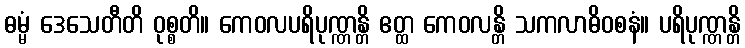
ဓမ္မံ ဒေသေတီတိ ဝုစ္စတိ။ ကေဝလပရိပုဏ္ဏန္တိ ဧတ္ထ ကေဝလန္တိ သကလာဓိဝစနံ။ ပရိပုဏ္ဏန္တိ